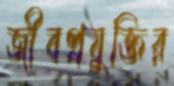
জীবপ্রযুক্তির